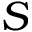
S